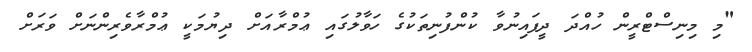
"މި މިނިސްޓްރީން ހުއްދަ ދީފައިނުވާ ކުންފުނިތަކުގެ ހަވާލުގައި ޢުމްރާއަށް ދިޔުމަކީ ޢުމްރާވެރިންނަށް ވަރަށް